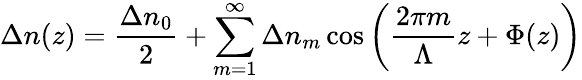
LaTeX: \Delta n(z)=\frac{\Delta n_{0}}{2}+\sum_{m=1}^{\infty}\Delta n_{m}\cos\left(\frac{2\pi m}{\Lambda}z+\Phi(z)\right)